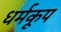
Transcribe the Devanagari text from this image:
धर्मकूप